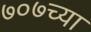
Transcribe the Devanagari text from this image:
७०७च्या